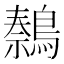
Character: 𫛍